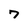
Character: 7